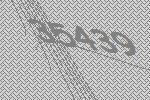
35439